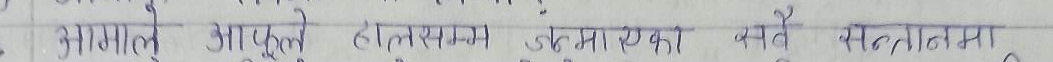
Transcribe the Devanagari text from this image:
आमाले आफूले हातले जन्मका सबै सन्तानमा